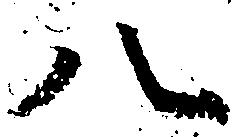
八